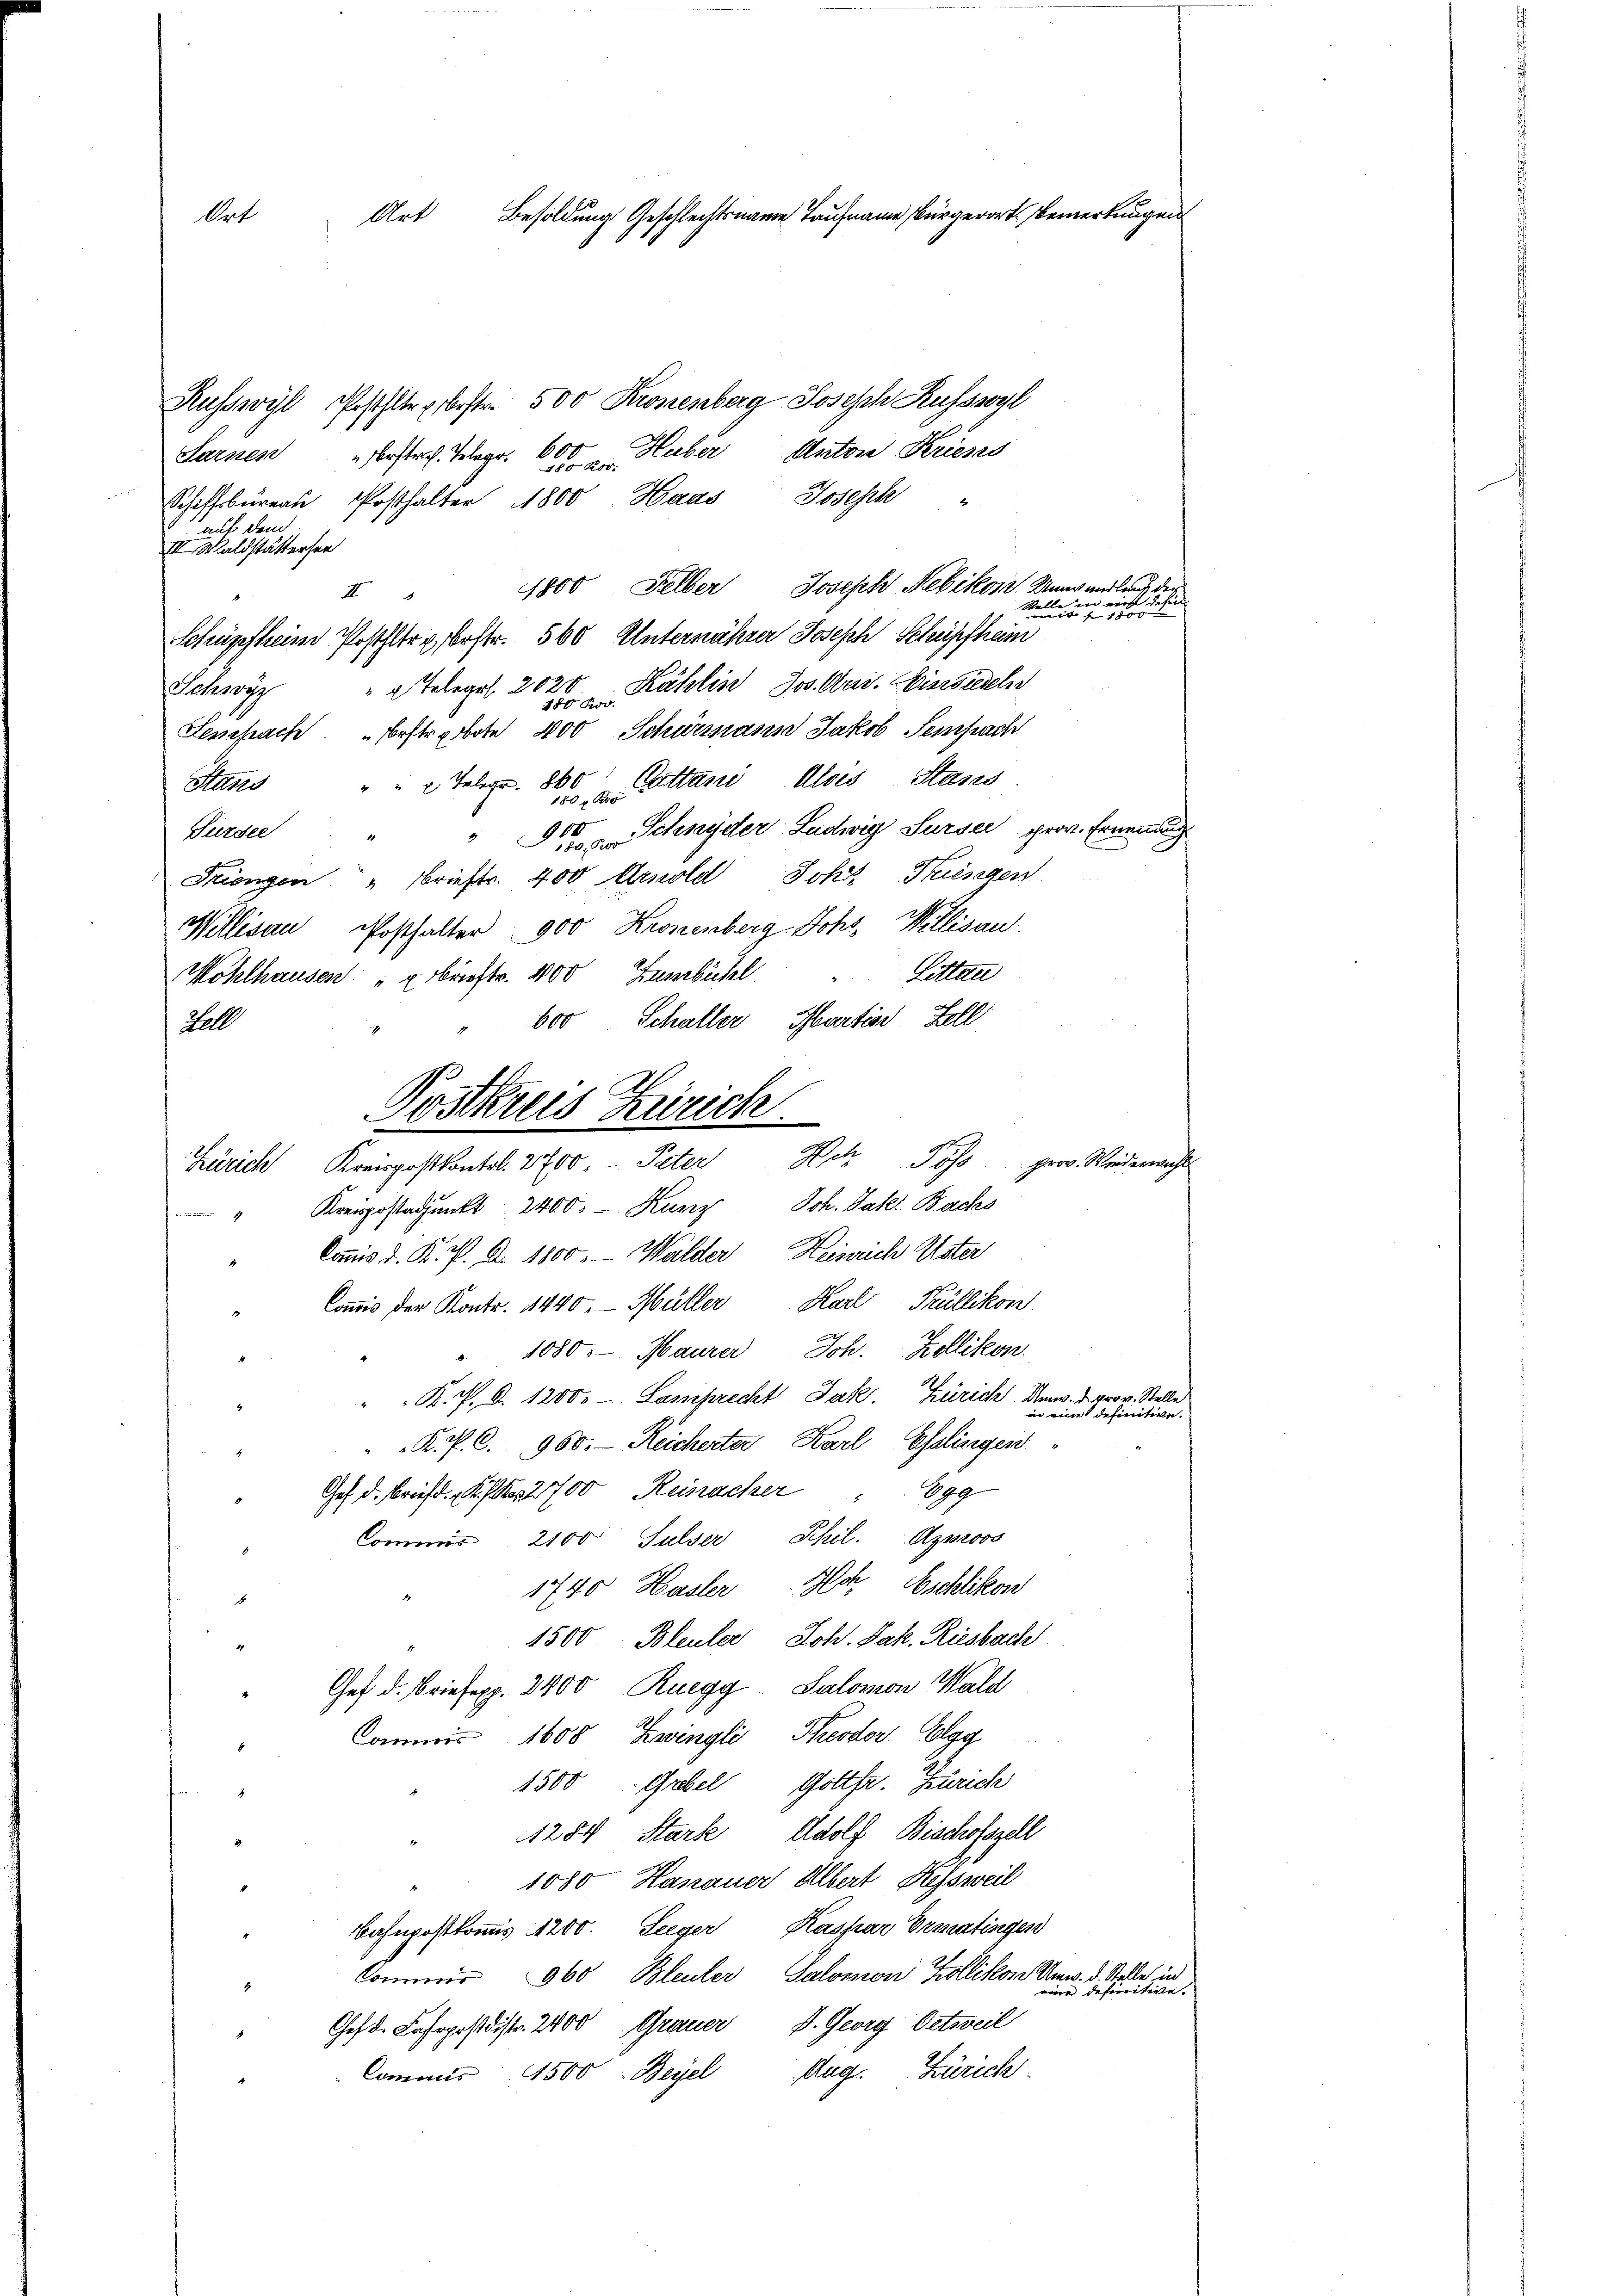
Ruswyl Posthler bestr. 500 Kronenberg Joseph Russwyl
Huber Anton Krieses
" bestr. Telegr. 600
Sarnen
10 Rt.
Schiffbüreau, Posthalter 1800 Haas Joseph
auf dem
III. Waldstätterser
1800 Felber Joseph Nebikon. Umwandlung de
E
er wi
Valle gegen
Schüpfheim Posthler u. erstr. 560 Unternährer Joseph Schüpfheim
" 2 Telegel. 2025 Kählin Jos. Art. Einsiedel
Schwyz
Sempach bestradote 400 Schurmann Jakob Sempach
Stand " " 2 Telegr. 860 Cottani Alois Stanzs
" 900 Schnyder Ludwig Surser prov. Ernennung
Türsee
Friengen " Brieftr. 400 Arnold Joh. Feingen
Millisau, Posthalter 900 Kronenberg Johs. Willisau
Litten
Wohlhausen " " Brieftr. 400 Zumbichl
Hall
Commis der Kontr. 1440. Müller Karl Küllikon
" 1080. Maurer Joh. Zollikon.
" K. K. A. 1200. Lamprecht Jak. Zürich, m. 4. prov. Stelle
in eine definitive.
K. P. C. 960. Reicherter Karl Esslingen
pg
Ges. d. Briefd. K. Fr. 2700 Reinacher
Commis 2100 Sulser Phil. Aymoos
.
N
Eschlikon
1740 Hasler
1500 Bleuler, Joh. Jak. Riesbach
Ges. d. Briefepp. 2400 Ruegg, Salomon Wald
Commis 1608 Zwingli, Kreodor Elgg
1500 Grebel Gottfr. Zürich
1284. Starke Adolf Bischofszell
1080 Hanauer Albert Kessweil
Bahnpostkommis 1200. Seeger Kaspar Ermatingen
Commer 360, Bleuler, Salomon Kollikon Unw. R. Stelle
 defereitete
D. Georg Oetweil
Ges. Fahrpostdistr. 2400 Grauer
d
Commis 4500 Beyel Mag. Zürich

Art Besoldung Geschlechtsname Taufname Bürgerorts Bemerkungen
Ort

b00 Schaller, Martis. Zell
Postkreis Zürich.
Zürich Kreispostkontel. 2700. Peter Ach Poss prov. Wiedermacht
" Kreispostandpunkt 2400. Kunz Joh. Jak. Bachs
Commis d. K. P. A. 1800. - Walder Heisrich Uster

dafür